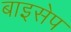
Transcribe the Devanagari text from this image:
बाइसेप